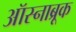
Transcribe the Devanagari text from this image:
ऑस्नाब्रूक